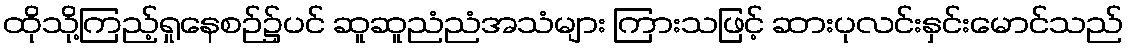
ထိုသို့ကြည့်ရှုနေစဉ်၌ပင် ဆူဆူညံညံအသံများ ကြားသဖြင့် ဆားပုလင်းနှင်းမောင်သည်